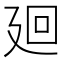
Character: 廻